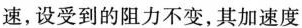
速，设受到的阻力不变，其加速度